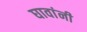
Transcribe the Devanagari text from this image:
घावांनी